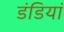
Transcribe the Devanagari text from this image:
डंडियां